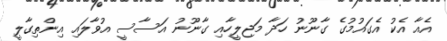
އެއާ އެކު އެގައުމުގެ ގާނޫނު ހަދާ މަޖިލީހާއި ގާނޫނު އަސާސީ އުވާލައި އިންތިގާލީ